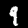
Digit: 9